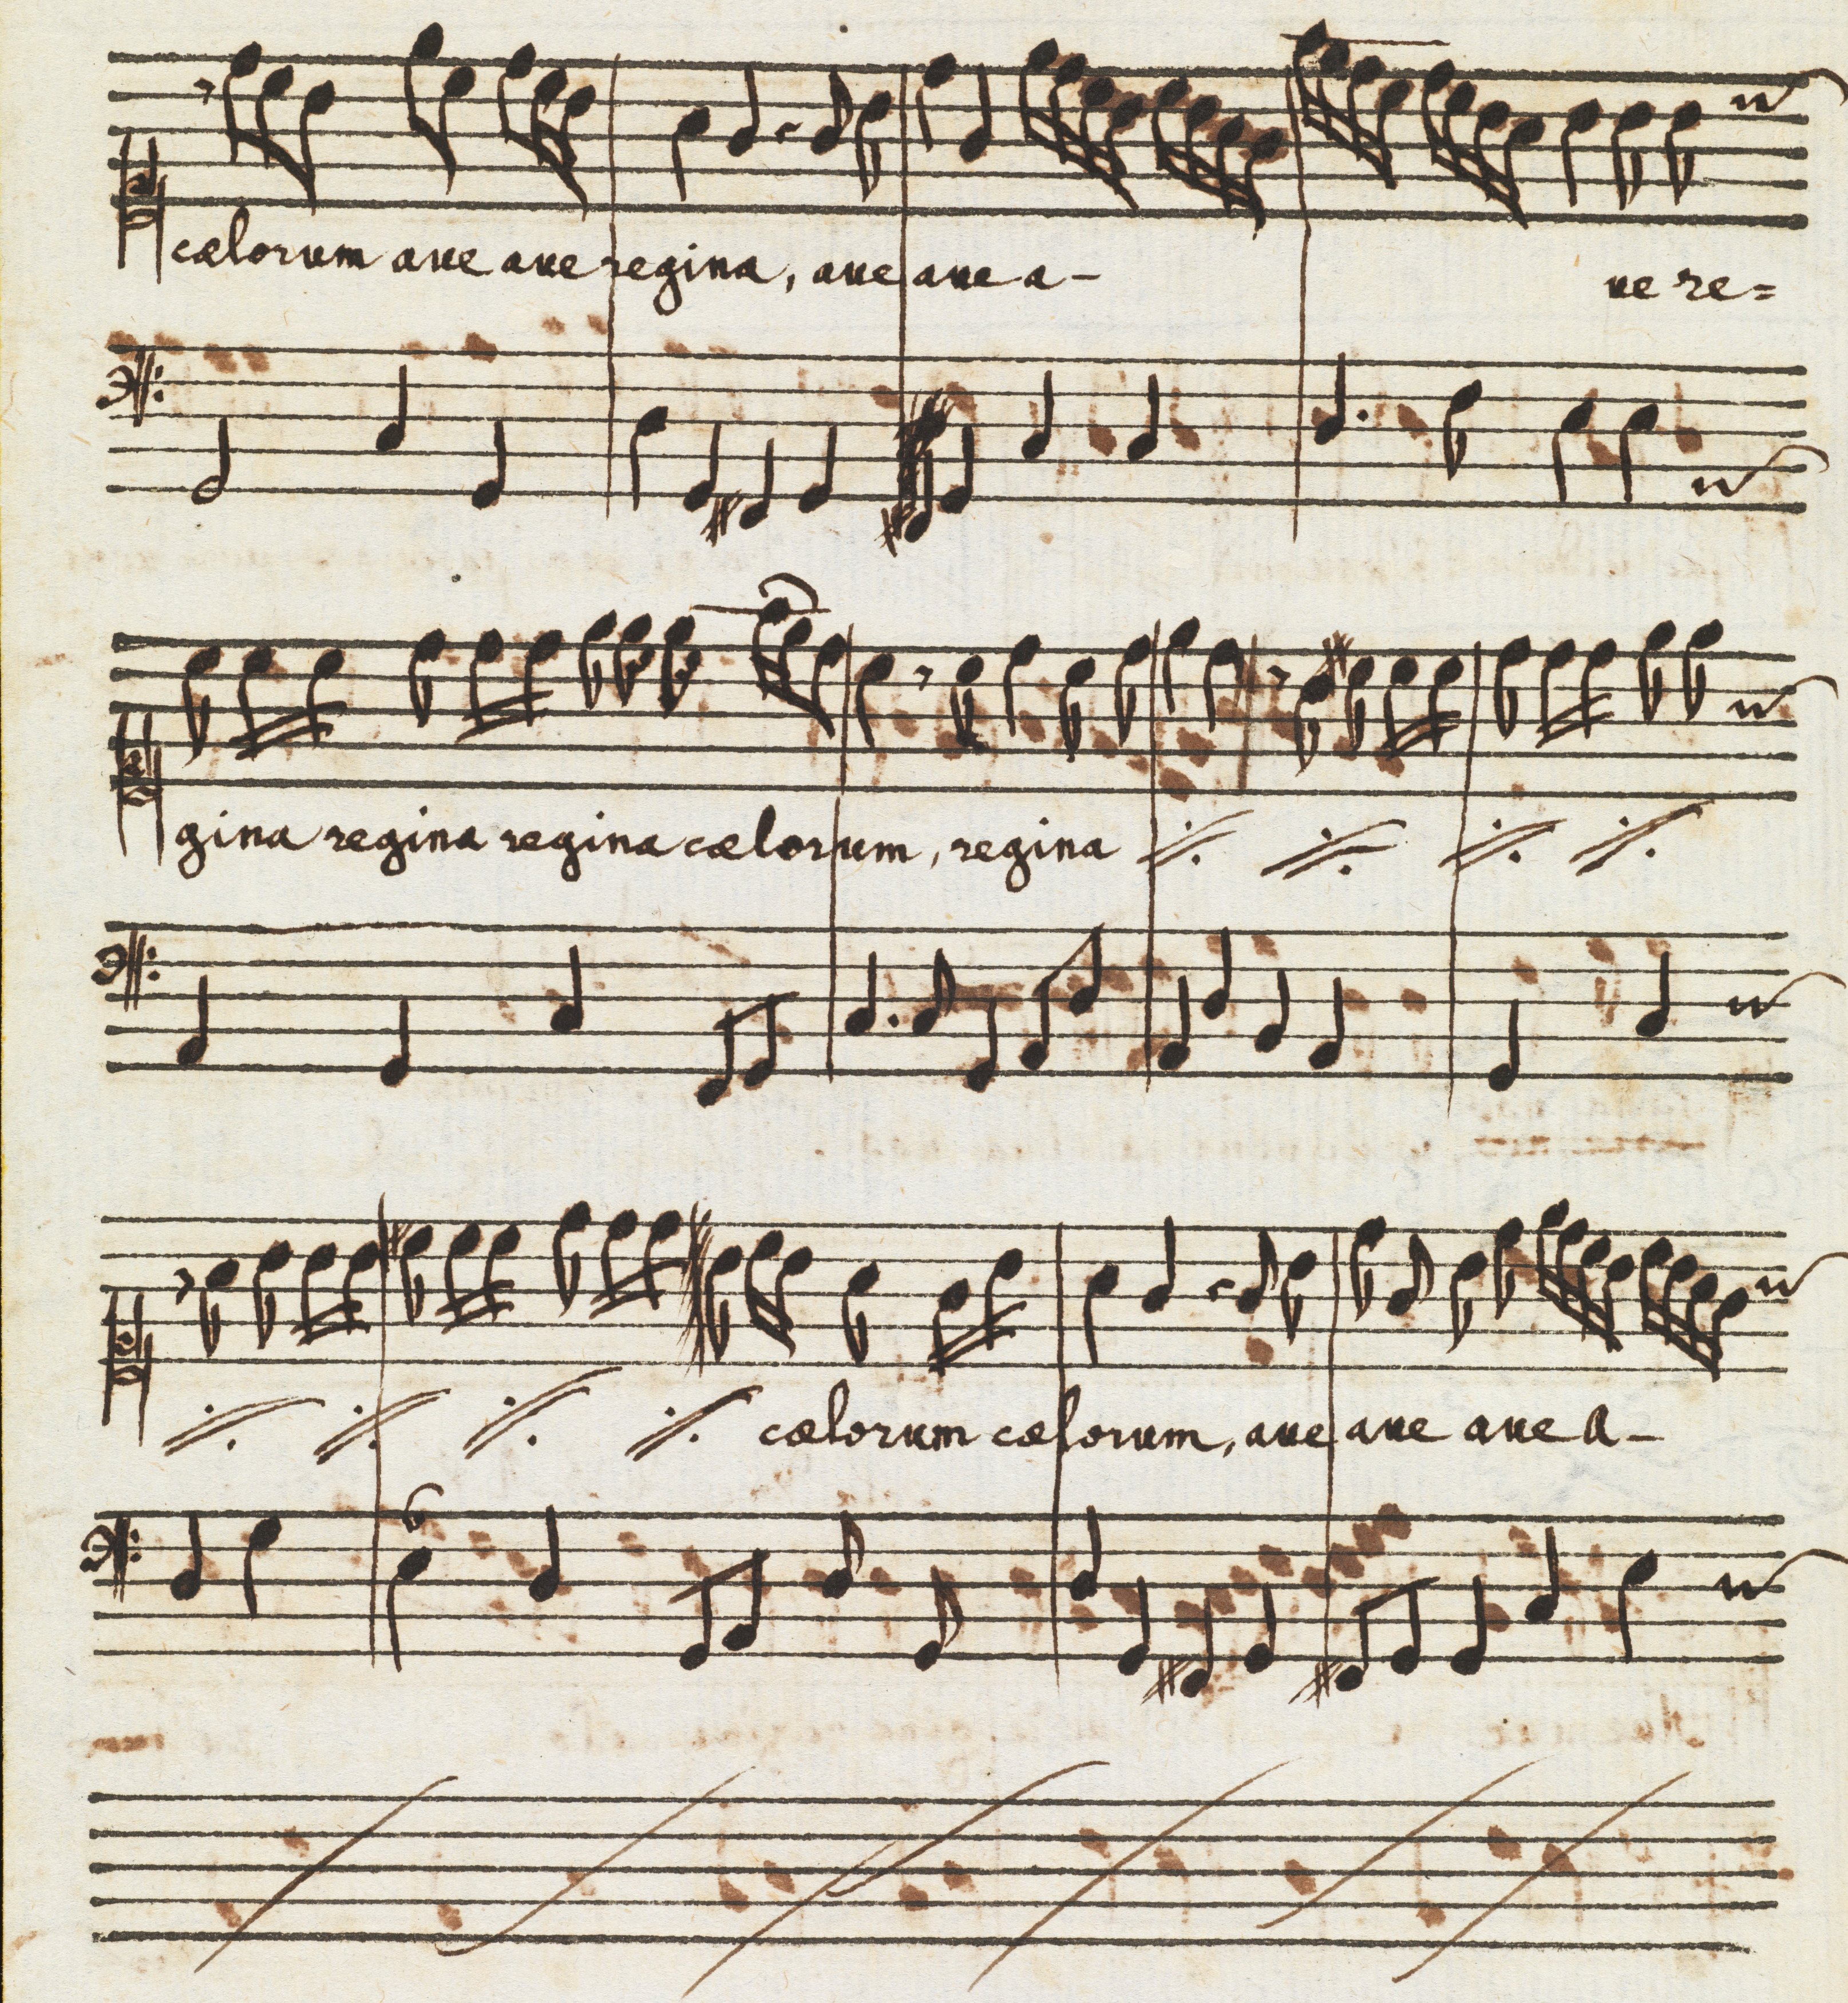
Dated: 1650–1699